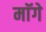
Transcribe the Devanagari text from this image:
माॅगे